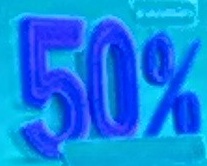
50%